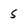
Character: 5